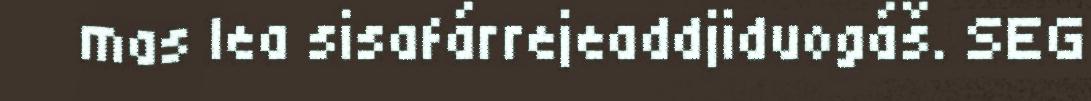
mas lea sisafárrejeaddjiduogáš. SEG